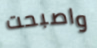
واصبحت